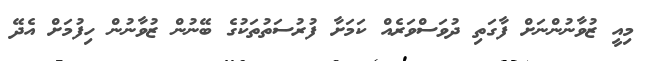
މިއީ ޒުވާނުންނަށް ފާގަތި ދުވަސްވަރެއް ކަމަށާ ފުރުސަތުތަކުގެ ބޭނުން ޒުވާނުން ހިފުމަށް އެދޭ